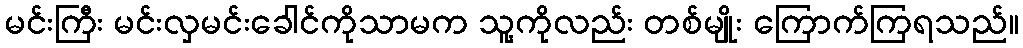
မင်းကြီး မင်းလှမင်းခေါင်ကိုသာမက သူ့ကိုလည်း တစ်မျိုး ကြောက်ကြရသည်။